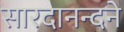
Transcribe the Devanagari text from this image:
सारदानन्दने